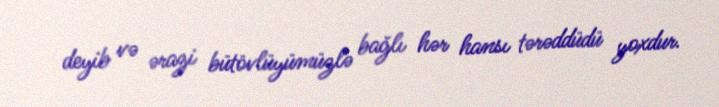
deyib və ərazi bütövlüyümüzlə bağlı hər hansı tərəddüdü yoxdur.